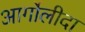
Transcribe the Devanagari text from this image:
आर्गोलीदा